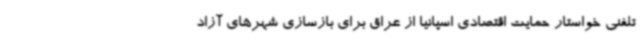
تلفنی خواستار حمایت اقتصادی اسپانیا از عراق برای بازسازی شهرهای آزاد